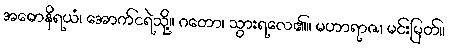
အဓောနိရယံ၊ အောက်ငရဲသို့။ ဂတော၊ သွားရလေ၏။ မဟာရာဇ၊ မင်းမြတ်။